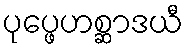
ပုပ္ဖေဟစ္ဆာဒယီ